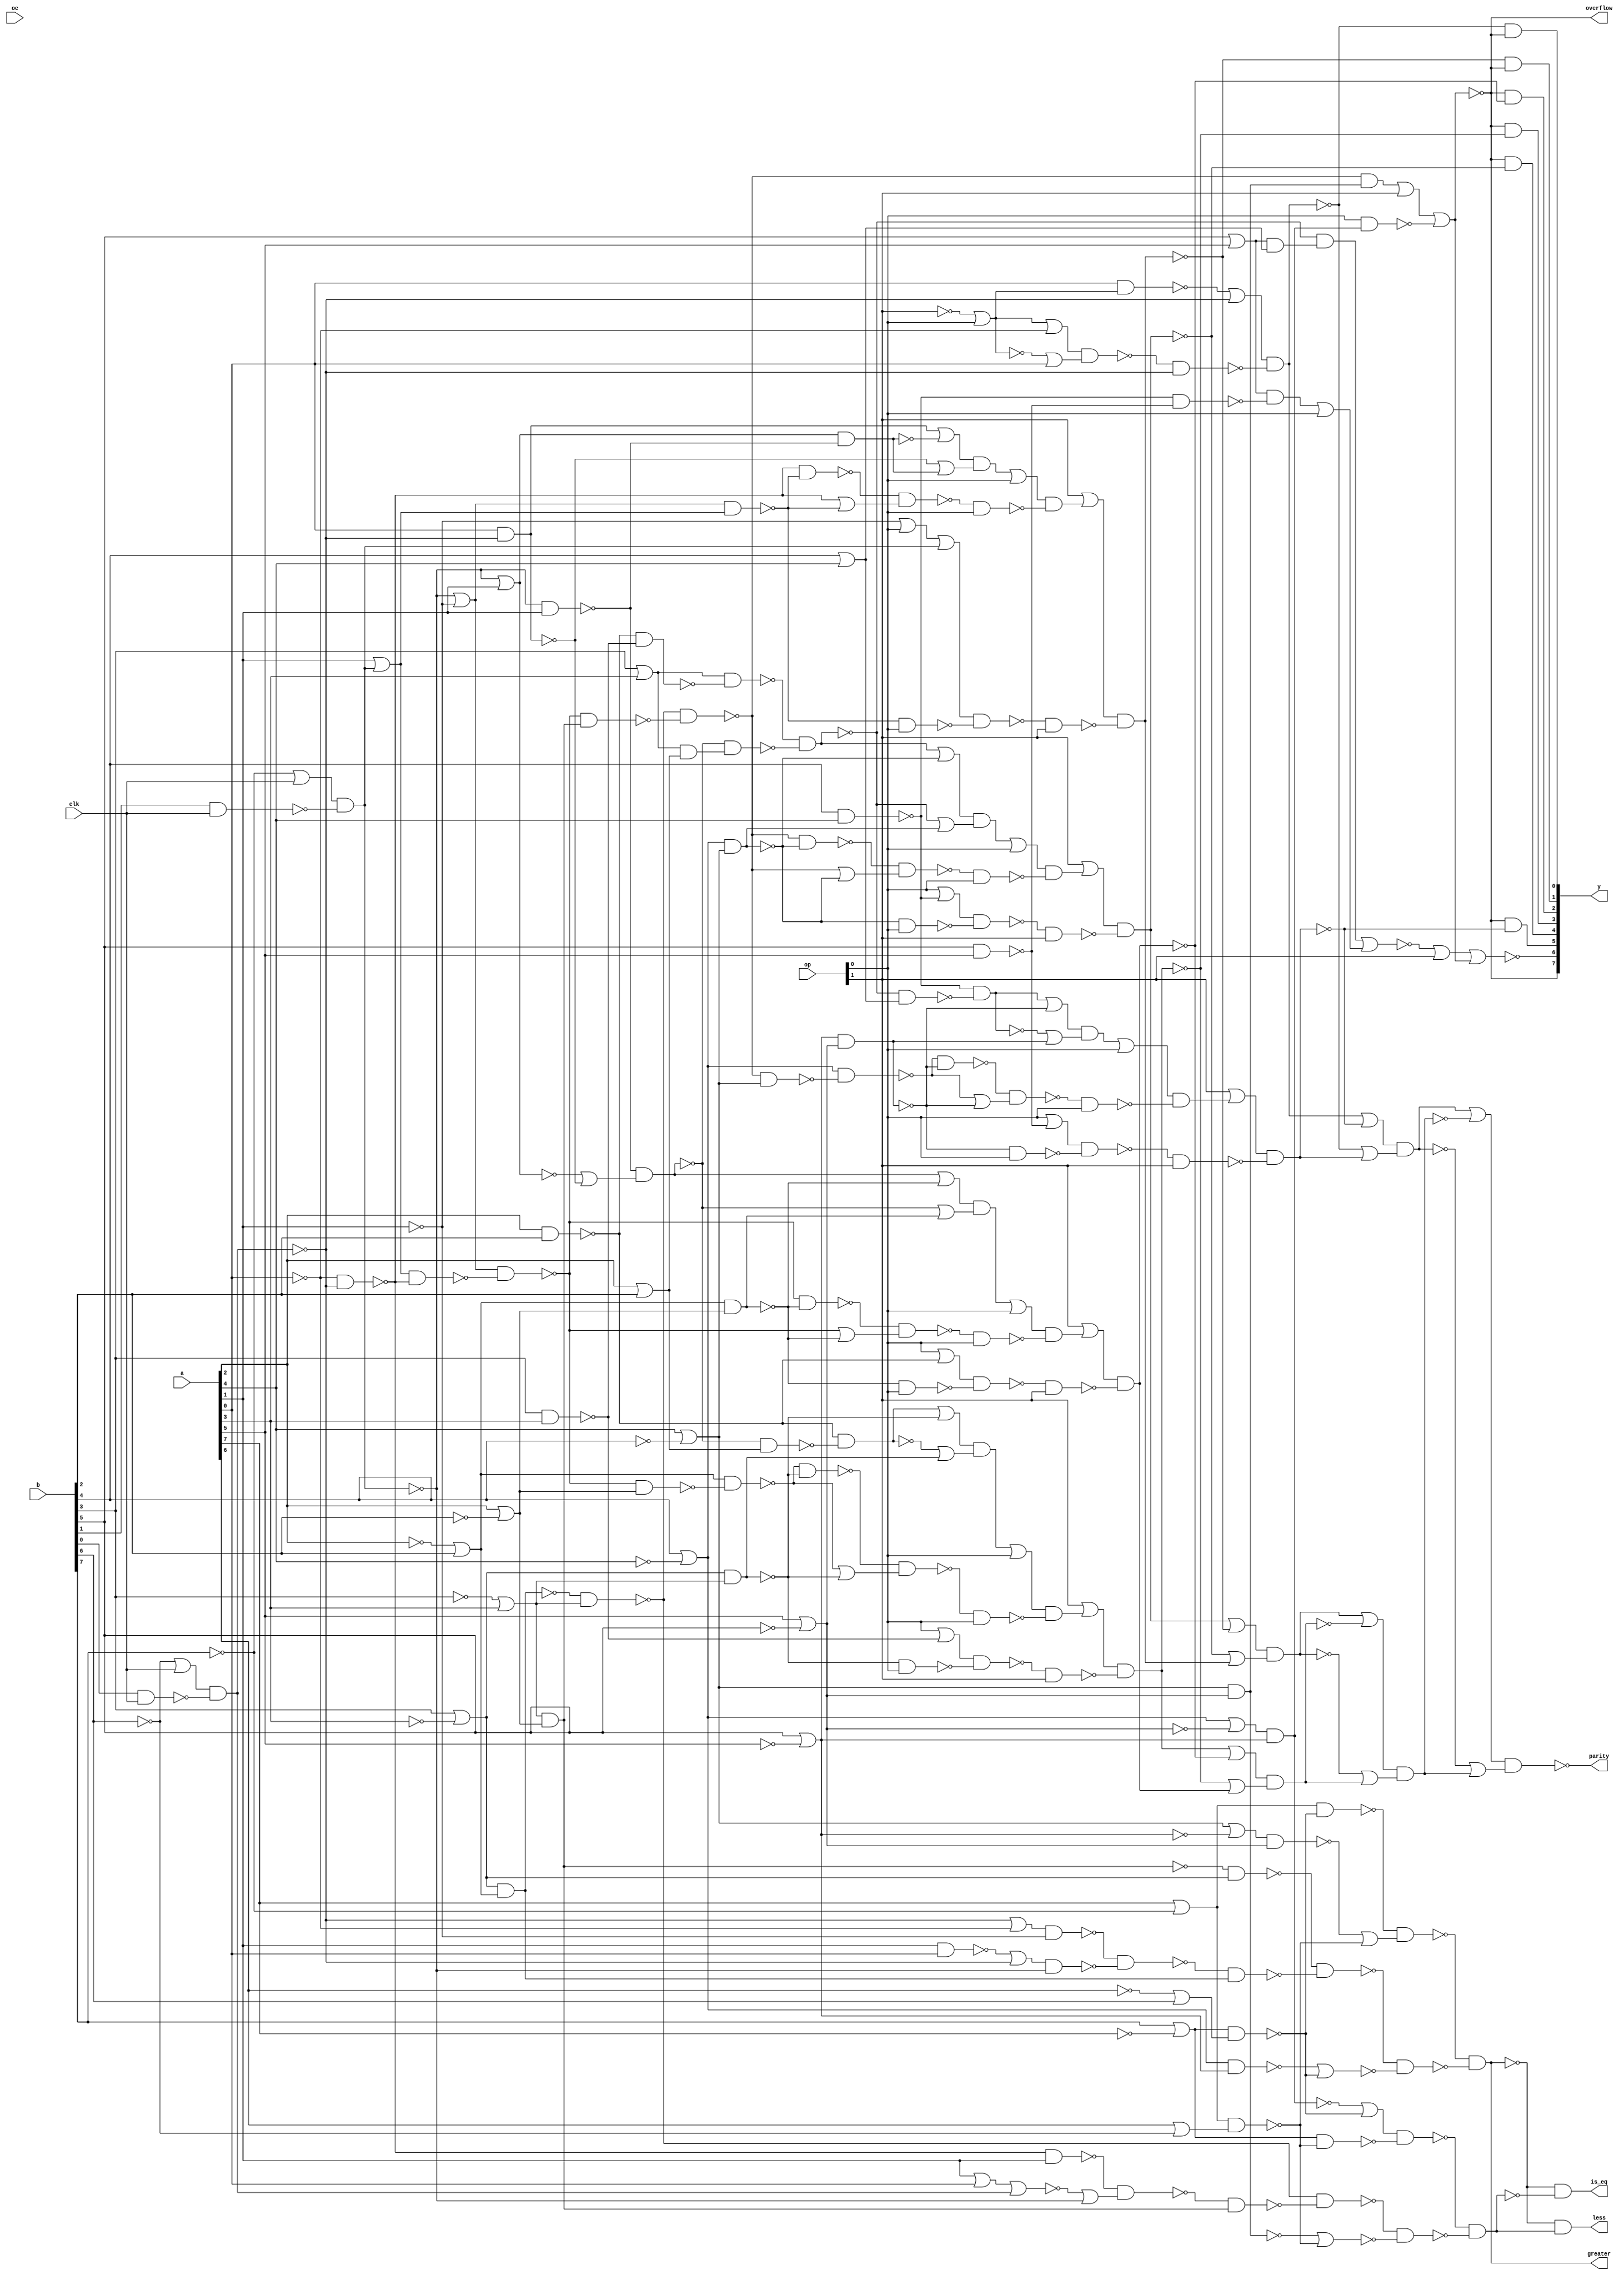

// Generated by Cadence Genus(TM) Synthesis Solution 19.20-d227_1
// Generated on: Jun 16 2021 06:19:31 PDT (Jun 16 2021 13:19:31 UTC)

// Verification Directory fv/top 

module top(clk, a, b, op, oe, y, parity, overflow, greater, is_eq,
     less);
  input clk, oe;
  input [7:0] a, b;
  input [1:0] op;
  output [7:0] y;
  output parity, overflow, greater, is_eq, less;
  wire clk, oe;
  wire [7:0] a, b;
  wire [1:0] op;
  wire [7:0] y;
  wire parity, overflow, greater, is_eq, less;
  wire [8:0] temp_y;
  wire add_28_29_n_21, add_28_29_n_29, add_28_29_n_35, add_28_29_n_41,
       add_28_29_n_42, add_28_29_n_44, add_28_29_n_45, add_28_29_n_47;
  wire add_28_29_n_48, add_28_29_n_50, add_28_29_n_51, add_28_29_n_53,
       add_28_29_n_56, add_28_29_n_60, gt_43_12_n_34, gt_43_12_n_36;
  wire gt_43_12_n_44, gt_43_12_n_50, gt_43_12_n_65, gt_43_12_n_66,
       gt_43_12_n_87, gt_43_12_n_88, lt_44_17_n_36, lt_44_17_n_37;
  wire lt_44_17_n_44, lt_44_17_n_50, lt_44_17_n_51, lt_44_17_n_57,
       lt_44_17_n_65, lt_44_17_n_66, lt_44_17_n_68, lt_44_17_n_71;
  wire lt_44_17_n_87, lt_44_17_n_88, n_24, n_27, n_34, n_109, n_110,
       n_113;
  wire n_121, n_241, n_242, n_243, n_244, n_249, n_252, n_253;
  wire n_254, n_255, n_257, n_258, n_259, n_260, n_262, n_276;
  wire n_278, n_279, n_280, n_281, n_282, n_283, n_284, n_285;
  wire n_286, n_287, n_288, n_289, n_290, n_291, n_292, n_293;
  wire n_294, n_295, n_296, n_297, n_298, n_299, n_300, n_301;
  wire n_306, n_307, n_308, n_310, n_311, n_312, n_313, n_314;
  wire n_315, n_316, n_317, n_318, n_320, n_323, n_325, n_326;
  wire n_329, n_330, n_331, n_332, n_336, n_337, n_339, n_340;
  wire n_341, n_342, n_343, n_346, n_347, n_348, n_349, n_354;
  wire n_355, n_358, n_359, n_360, n_361, n_362, n_363, n_364;
  wire n_368, n_369, n_370, n_375, n_376, n_381, n_382, n_389;
  wire n_390, n_391, n_394, n_397, n_402, n_403, n_406, n_409;
  wire n_412, n_415, n_418, n_421, n_426, n_427, n_432, n_433;
  wire n_438, n_439, n_442, n_445, n_450, n_451, n_456, n_457;
  wire n_462, n_463, n_468, n_469, n_472, n_477, n_478, n_483;
  wire n_484, n_489, n_490, n_495, n_496, n_499, n_502, n_503;
  wire n_504, n_505, n_506, n_508, n_509, n_510, n_511, n_513;
  wire n_514, n_521, n_522, n_524, n_525, n_527, n_528, n_529;
  wire n_530, n_531, n_532, n_533, n_534, n_535, n_536, n_537;
  wire n_538, n_539, n_540, n_541, n_542, n_543, n_544, sub_33_29_n_32;
  wire sub_33_29_n_48, sub_33_29_n_54, sub_33_29_n_60, sub_33_29_n_61,
       sub_33_29_n_63, sub_33_29_n_64, sub_33_29_n_65, sub_33_29_n_67;
  wire sub_33_29_n_68;
  assign overflow = y[7];
  nand add_28_29_g2 (add_28_29_n_21, a[0], n_113);
  or g424 (n_279, wc, op[0]);
  not gc (wc, op[1]);
  nand g451 (n_292, n_113, lt_44_17_n_37);
  or g457 (n_295, wc0, a[1]);
  not gc0 (wc0, n_121);
  or g459 (n_296, n_121, a[1]);
  or g463 (n_298, n_113, wc1);
  not gc1 (wc1, a[0]);
  nand g469 (n_301, sub_33_29_n_54, lt_44_17_n_71);
  or g533 (n_276, b[5], wc2);
  not gc2 (wc2, a[5]);
  or g582 (n_503, wc3, n_110);
  not gc3 (wc3, n_241);
  or g583 (n_504, n_241, wc4);
  not gc4 (wc4, n_110);
  nand g584 (parity, n_503, n_504);
  or g585 (n_505, wc5, temp_y[5]);
  not gc5 (wc5, temp_y[0]);
  or g586 (n_506, temp_y[0], wc6);
  not gc6 (wc6, temp_y[5]);
  nand g587 (n_241, n_505, n_506);
  nand g590 (temp_y[5], n_495, n_496);
  or g591 (n_508, wc7, n_109);
  not gc7 (wc7, n_242);
  or g592 (n_509, n_242, wc8);
  not gc8 (wc8, n_109);
  nand g593 (n_110, n_508, n_509);
  or g594 (n_510, wc9, temp_y[1]);
  not gc9 (wc9, temp_y[4]);
  or g595 (n_511, temp_y[4], wc10);
  not gc10 (wc10, temp_y[1]);
  nand g596 (n_242, n_510, n_511);
  or g599 (n_513, wc11, temp_y[2]);
  not gc11 (wc11, temp_y[3]);
  or g600 (n_514, temp_y[3], wc12);
  not gc12 (wc12, temp_y[2]);
  nand g601 (n_109, n_513, n_514);
  or g604 (n_495, op[1], wc13);
  not gc13 (wc13, n_283);
  nand g605 (temp_y[3], n_483, n_484);
  nand g606 (temp_y[4], n_489, n_490);
  nand g607 (n_283, n_477, n_478);
  nand g612 (n_478, n_253, op[0]);
  or g613 (n_489, op[1], wc14);
  not gc14 (wc14, n_287);
  or g614 (n_483, op[1], wc15);
  not gc15 (wc15, n_281);
  or g615 (n_477, wc16, op[0]);
  not gc16 (wc16, n_252);
  nand g620 (n_287, n_456, n_457);
  or g621 (n_472, wc17, op[1]);
  not gc17 (wc17, n_278);
  nand g624 (n_521, sub_33_29_n_67, sub_33_29_n_68);
  or g625 (n_522, sub_33_29_n_67, sub_33_29_n_68);
  nand g626 (n_253, n_521, n_522);
  nand g627 (n_281, n_450, n_451);
  or g630 (n_524, wc18, sub_33_29_n_68);
  not gc18 (wc18, add_28_29_n_60);
  or g631 (n_525, add_28_29_n_60, wc19);
  not gc19 (wc19, sub_33_29_n_68);
  nand g632 (n_252, n_524, n_525);
  nand g633 (temp_y[2], n_462, n_463);
  or g634 (n_358, n_468, n_469);
  not g635 (y[7], n_358);
  or g636 (n_456, wc20, op[0]);
  not gc20 (wc20, n_254);
  or g637 (n_450, wc21, op[0]);
  not gc21 (wc21, n_257);
  nand g638 (sub_33_29_n_67, lt_44_17_n_50, n_418);
  nand g639 (lt_44_17_n_36, lt_44_17_n_88, n_442);
  or g640 (n_278, wc22, n_427);
  not gc22 (wc22, n_426);
  nand g641 (n_451, n_258, op[0]);
  nand g642 (temp_y[1], n_438, n_439);
  nand g643 (gt_43_12_n_36, gt_43_12_n_88, n_445);
  nand g644 (n_457, n_255, op[0]);
  or g645 (n_462, op[1], wc23);
  not gc23 (wc23, n_285);
  nand g646 (add_28_29_n_60, add_28_29_n_35, n_421);
  or g647 (lt_44_17_n_44, wc24, b[2]);
  not gc24 (wc24, a[2]);
  nand g648 (n_442, n_294, lt_44_17_n_87);
  nand g649 (n_426, add_28_29_n_47, add_28_29_n_50);
  or g650 (n_438, op[1], wc25);
  not gc25 (wc25, n_289);
  nand g651 (n_445, n_300, gt_43_12_n_87);
  or g652 (n_527, wc26, sub_33_29_n_64);
  not gc26 (wc26, add_28_29_n_56);
  or g653 (n_528, add_28_29_n_56, wc27);
  not gc27 (wc27, sub_33_29_n_64);
  nand g654 (n_257, n_527, n_528);
  nand g655 (n_421, add_28_29_n_47, add_28_29_n_48);
  nand g656 (n_418, sub_33_29_n_54, gt_43_12_n_50);
  nand g657 (n_285, n_432, n_433);
  or g658 (n_529, wc28, sub_33_29_n_65);
  not gc28 (wc28, add_28_29_n_47);
  or g659 (add_28_29_n_48, b[4], a[4]);
  nand g660 (n_254, n_529, n_530);
  nand g661 (n_531, sub_33_29_n_54, sub_33_29_n_65);
  or g662 (n_532, sub_33_29_n_54, sub_33_29_n_65);
  nand g663 (n_255, n_531, n_532);
  nand g664 (n_533, sub_33_29_n_63, sub_33_29_n_64);
  or g665 (n_534, sub_33_29_n_63, sub_33_29_n_64);
  nand g666 (n_258, n_533, n_534);
  nand g667 (add_28_29_n_56, add_28_29_n_29, n_397);
  nand g668 (n_433, n_244, op[0]);
  nand g669 (sub_33_29_n_54, lt_44_17_n_66, n_412);
  nand g670 (n_289, n_402, n_403);
  nand g671 (sub_33_29_n_63, lt_44_17_n_44, n_394);
  nand g672 (add_28_29_n_29, a[2], b[2]);
  nand g673 (n_300, gt_43_12_n_66, n_409);
  nand g674 (n_294, lt_44_17_n_66, n_406);
  or g675 (gt_43_12_n_44, a[2], wc29);
  not gc29 (wc29, b[2]);
  nand g676 (n_409, n_299, gt_43_12_n_65);
  nand g677 (n_406, n_293, lt_44_17_n_65);
  nand g678 (n_397, add_28_29_n_41, add_28_29_n_42);
  nand g679 (n_394, sub_33_29_n_48, gt_43_12_n_44);
  nand g680 (n_439, n_290, op[1]);
  nand g681 (add_28_29_n_35, b[4], a[4]);
  nand g682 (n_403, n_260, op[0]);
  nand g683 (n_535, sub_33_29_n_48, sub_33_29_n_61);
  or g684 (add_28_29_n_42, a[2], b[2]);
  nand g685 (n_244, n_535, n_536);
  or g686 (n_402, wc30, op[0]);
  not gc30 (wc30, n_259);
  or g687 (n_537, wc31, sub_33_29_n_61);
  not gc31 (wc31, add_28_29_n_41);
  or g688 (n_538, add_28_29_n_41, wc32);
  not gc32 (wc32, sub_33_29_n_61);
  nand g689 (n_243, n_537, n_538);
  nand g690 (n_412, sub_33_29_n_48, lt_44_17_n_65);
  nand g691 (n_539, sub_33_29_n_32, sub_33_29_n_60);
  or g692 (n_540, sub_33_29_n_32, sub_33_29_n_60);
  or g693 (n_291, b[7], wc33);
  not gc33 (wc33, a[7]);
  or g694 (n_541, wc34, add_28_29_n_53);
  not gc34 (wc34, add_28_29_n_21);
  or g695 (n_542, add_28_29_n_21, wc35);
  not gc35 (wc35, add_28_29_n_53);
  nand g696 (n_259, n_541, n_542);
  nand g697 (add_28_29_n_41, n_325, n_502);
  nand g698 (sub_33_29_n_48, n_318, n_499);
  nand g699 (n_290, n_369, n_370);
  nand g700 (n_299, n_381, n_382);
  nand g701 (temp_y[0], n_390, n_391);
  nand g702 (n_293, n_375, n_376);
  nand g703 (add_28_29_n_53, n_296, n_325);
  nand g704 (n_391, n_280, n_113);
  nand g705 (n_499, n_295, sub_33_29_n_32);
  nand g706 (n_375, n_292, a[1]);
  nand g707 (n_463, n_286, op[1]);
  or g708 (n_502, wc36, add_28_29_n_21);
  not gc36 (wc36, n_296);
  or g709 (n_376, wc37, n_121);
  not gc37 (wc37, n_359);
  nand g710 (n_370, n_249, op[0]);
  nand g711 (n_496, n_284, op[1]);
  nand g712 (n_381, n_298, gt_43_12_n_34);
  nand g713 (n_382, n_297, n_121);
  nand g714 (sub_33_29_n_60, n_318, n_295);
  nand g715 (n_490, n_288, op[1]);
  nand g716 (n_484, n_282, op[1]);
  or g717 (n_318, n_121, wc38);
  not gc38 (wc38, a[1]);
  or g718 (n_390, n_389, n_113);
  nand g719 (n_288, n_354, n_355);
  nand g720 (n_280, n_330, n_331);
  nand g721 (n_284, n_342, n_343);
  nand g722 (n_286, n_348, n_349);
  or g723 (n_369, n_368, wc39);
  not gc39 (wc39, n_121);
  or g724 (n_543, wc40, n_121);
  not gc40 (wc40, a[1]);
  or g725 (n_544, a[1], wc41);
  not gc41 (wc41, n_121);
  nand g726 (n_249, n_543, n_544);
  or g727 (n_359, n_363, wc42);
  not gc42 (wc42, n_113);
  or g728 (n_297, n_364, n_113);
  nand g729 (n_282, n_336, n_337);
  nand g730 (n_325, n_121, a[1]);
  nand g731 (n_113, n_306, n_360);
  nand g732 (n_355, sub_33_29_n_65, op[0]);
  nand g733 (n_337, sub_33_29_n_64, op[0]);
  nand g734 (n_121, n_361, n_362);
  or g735 (n_331, wc43, a[0]);
  not gc43 (wc43, n_279);
  nand g736 (n_343, sub_33_29_n_68, op[0]);
  nand g737 (n_349, sub_33_29_n_61, op[0]);
  or g738 (n_330, n_279, wc44);
  not gc44 (wc44, a[0]);
  nand g739 (n_389, a[0], n_279);
  or g740 (n_354, op[0], add_28_29_n_35);
  nand g743 (sub_33_29_n_65, lt_44_17_n_50, gt_43_12_n_50);
  or g744 (n_427, wc45, op[0]);
  not gc45 (wc45, add_28_29_n_51);
  or g745 (n_368, wc46, op[0]);
  not gc46 (wc46, a[1]);
  nand g746 (n_311, b[3], a[3]);
  or g747 (n_306, wc47, clk);
  not gc47 (wc47, b[6]);
  or g749 (n_312, b[5], a[5]);
  nand g750 (sub_33_29_n_64, n_310, n_314);
  nand g752 (n_313, b[5], a[5]);
  nand g755 (sub_33_29_n_68, n_276, lt_44_17_n_51);
  nand g756 (n_469, op[0], lt_44_17_n_68);
  or g758 (n_315, b[3], a[3]);
  or g759 (n_361, wc48, clk);
  not gc48 (wc48, b[7]);
  or g761 (n_310, b[3], wc49);
  not gc49 (wc49, a[3]);
  or g762 (n_314, wc50, a[3]);
  not gc50 (wc50, b[3]);
  nand g764 (sub_33_29_n_61, lt_44_17_n_44, gt_43_12_n_44);
  and g765 (is_eq, gt_43_12_n_36, lt_44_17_n_36);
  and g766 (less, gt_43_12_n_36, wc51);
  not gc51 (wc51, lt_44_17_n_36);
  and g767 (y[1], temp_y[1], wc52);
  not gc52 (wc52, n_358);
  nor g768 (y[6], n_472, n_358);
  and g769 (y[0], temp_y[0], wc53);
  not gc53 (wc53, n_358);
  and g770 (y[2], wc54, temp_y[2]);
  not gc54 (wc54, n_358);
  and g771 (y[3], wc55, temp_y[3]);
  not gc55 (wc55, n_358);
  and g772 (y[4], wc56, temp_y[4]);
  not gc56 (wc56, n_358);
  and g773 (y[5], wc57, temp_y[5]);
  not gc57 (wc57, n_358);
  nand g800 (lt_44_17_n_88, n_346, n_347);
  nand g801 (gt_43_12_n_88, n_340, n_341);
  or g802 (n_346, n_34, n_308);
  or g803 (n_341, n_339, n_307);
  nand g806 (gt_43_12_n_66, n_27, n_310);
  nand g807 (lt_44_17_n_66, n_24, n_314);
  nand g808 (n_347, n_291, n_307);
  nand g809 (add_28_29_n_45, n_315, n_323);
  nand g810 (n_339, n_316, lt_44_17_n_51);
  nand g811 (n_340, lt_44_17_n_57, n_308);
  nand g814 (n_34, n_317, n_276);
  not g815 (lt_44_17_n_68, n_34);
  nand g816 (add_28_29_n_51, n_312, n_320);
  nand g817 (n_323, add_28_29_n_29, n_311);
  nand g818 (n_24, n_310, lt_44_17_n_44);
  not g819 (gt_43_12_n_65, n_24);
  nand g820 (n_320, add_28_29_n_35, n_313);
  nand g821 (n_308, n_291, n_329);
  or g822 (n_317, lt_44_17_n_50, wc58);
  not gc58 (wc58, lt_44_17_n_51);
  or g823 (n_316, gt_43_12_n_50, wc59);
  not gc59 (wc59, n_276);
  nand g824 (n_332, lt_44_17_n_50, n_276);
  nand g825 (n_262, gt_43_12_n_50, lt_44_17_n_51);
  not g826 (lt_44_17_n_71, n_262);
  nand g827 (n_307, lt_44_17_n_57, n_326);
  nand g832 (n_27, n_314, gt_43_12_n_44);
  not g833 (lt_44_17_n_65, n_27);
  or g834 (n_326, a[6], wc60);
  not gc60 (wc60, b[6]);
  or g835 (lt_44_17_n_57, a[7], wc61);
  not gc61 (wc61, b[7]);
  or g836 (n_329, wc62, b[6]);
  not gc62 (wc62, a[6]);
  or g837 (lt_44_17_n_51, a[5], wc63);
  not gc63 (wc63, b[5]);
  or g838 (gt_43_12_n_50, a[4], wc64);
  not gc64 (wc64, b[4]);
  and g839 (add_28_29_n_44, n_315, add_28_29_n_42);
  and g840 (add_28_29_n_50, n_312, add_28_29_n_48);
  nor g841 (lt_44_17_n_87, n_262, n_307);
  nor g842 (gt_43_12_n_87, n_332, n_308);
  or g843 (n_468, wc65, op[1]);
  not gc65 (wc65, n_301);
  or g844 (n_530, add_28_29_n_47, wc66);
  not gc66 (wc66, sub_33_29_n_65);
  nand g845 (add_28_29_n_47, add_28_29_n_45, n_415);
  or g846 (n_432, wc67, op[0]);
  not gc67 (wc67, n_243);
  nand g847 (n_415, add_28_29_n_41, add_28_29_n_44);
  or g848 (n_536, sub_33_29_n_48, sub_33_29_n_61);
  nand g849 (n_260, n_539, n_540);
  or g853 (n_348, op[0], add_28_29_n_29);
  nand g855 (n_362, b[1], clk);
  nand g856 (n_360, b[0], clk);
  or g858 (n_342, op[0], n_313);
  or g859 (n_336, op[0], n_311);
  nand g860 (n_364, a[1], a[0]);
  or g861 (n_363, a[1], a[0]);
  not gt_43_12_g8 (gt_43_12_n_34, a[1]);
  not gt_43_12_g10 (greater, gt_43_12_n_36);
  not lt_44_17_g88 (lt_44_17_n_37, a[0]);
  or lt_44_17_g95 (lt_44_17_n_50, b[4], wc68);
  not gc68 (wc68, a[4]);
  nand sub_33_29_g12 (sub_33_29_n_32, lt_44_17_n_37, n_113);
endmodule